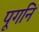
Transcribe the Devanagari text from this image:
पूगनि